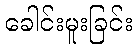
ခေါင်းမူးခြင်း